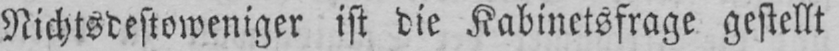
Nichtsdestoweniger ist die Kabinetsfrage gestellt